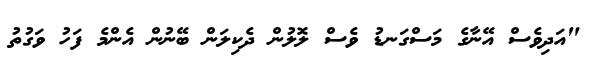
"އަދިވެސް އޭނާގެ މަސްގަނޑު ވެސް ލޮލުން ދެކިލަން ބޭނުން އެންމެ ފަހު ވަގުތު